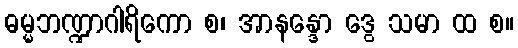
ဓမ္မဘဏ္ဍာဂါရိကော စ၊ အာနန္ဒော ဒွေ သမာ ထ စ။